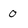
Character: 0